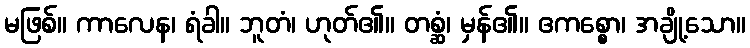
မဖြစ်။ ကာလေန၊ ရံခါ။ ဘူတံ၊ ဟုတ်၏။ တစ္ဆံ၊ မှန်၏။ ဧကစ္စော၊ အချို့သော။